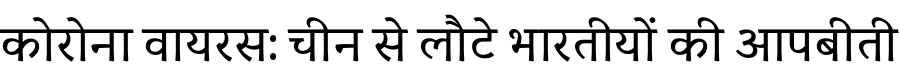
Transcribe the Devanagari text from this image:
कोरोना वायरस: चीन से लौटे भारतीयों की आपबीती